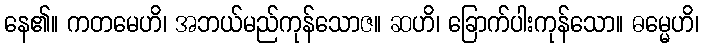
နေ၏။ ကတမေဟိ၊ အဘယ်မည်ကုန်သောဇ။ ဆဟိ၊ ခြောက်ပါးကုန်သော။ ဓမ္မေဟိ၊